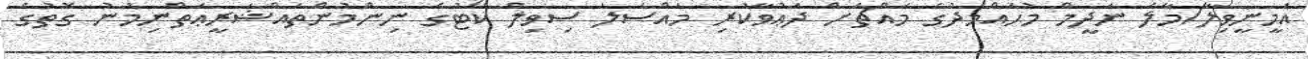
އަމީނީވިލާ/މާލެ ނަދީމް މުޙައްމަދުގެ މައްޗަށް ދަޢުވާކުރި މައްސަލަ ސިވިލް ކޯޓުގެ ނިންމުންތައްޝަރީޢަތްނިމުނު ގޮތުގެ